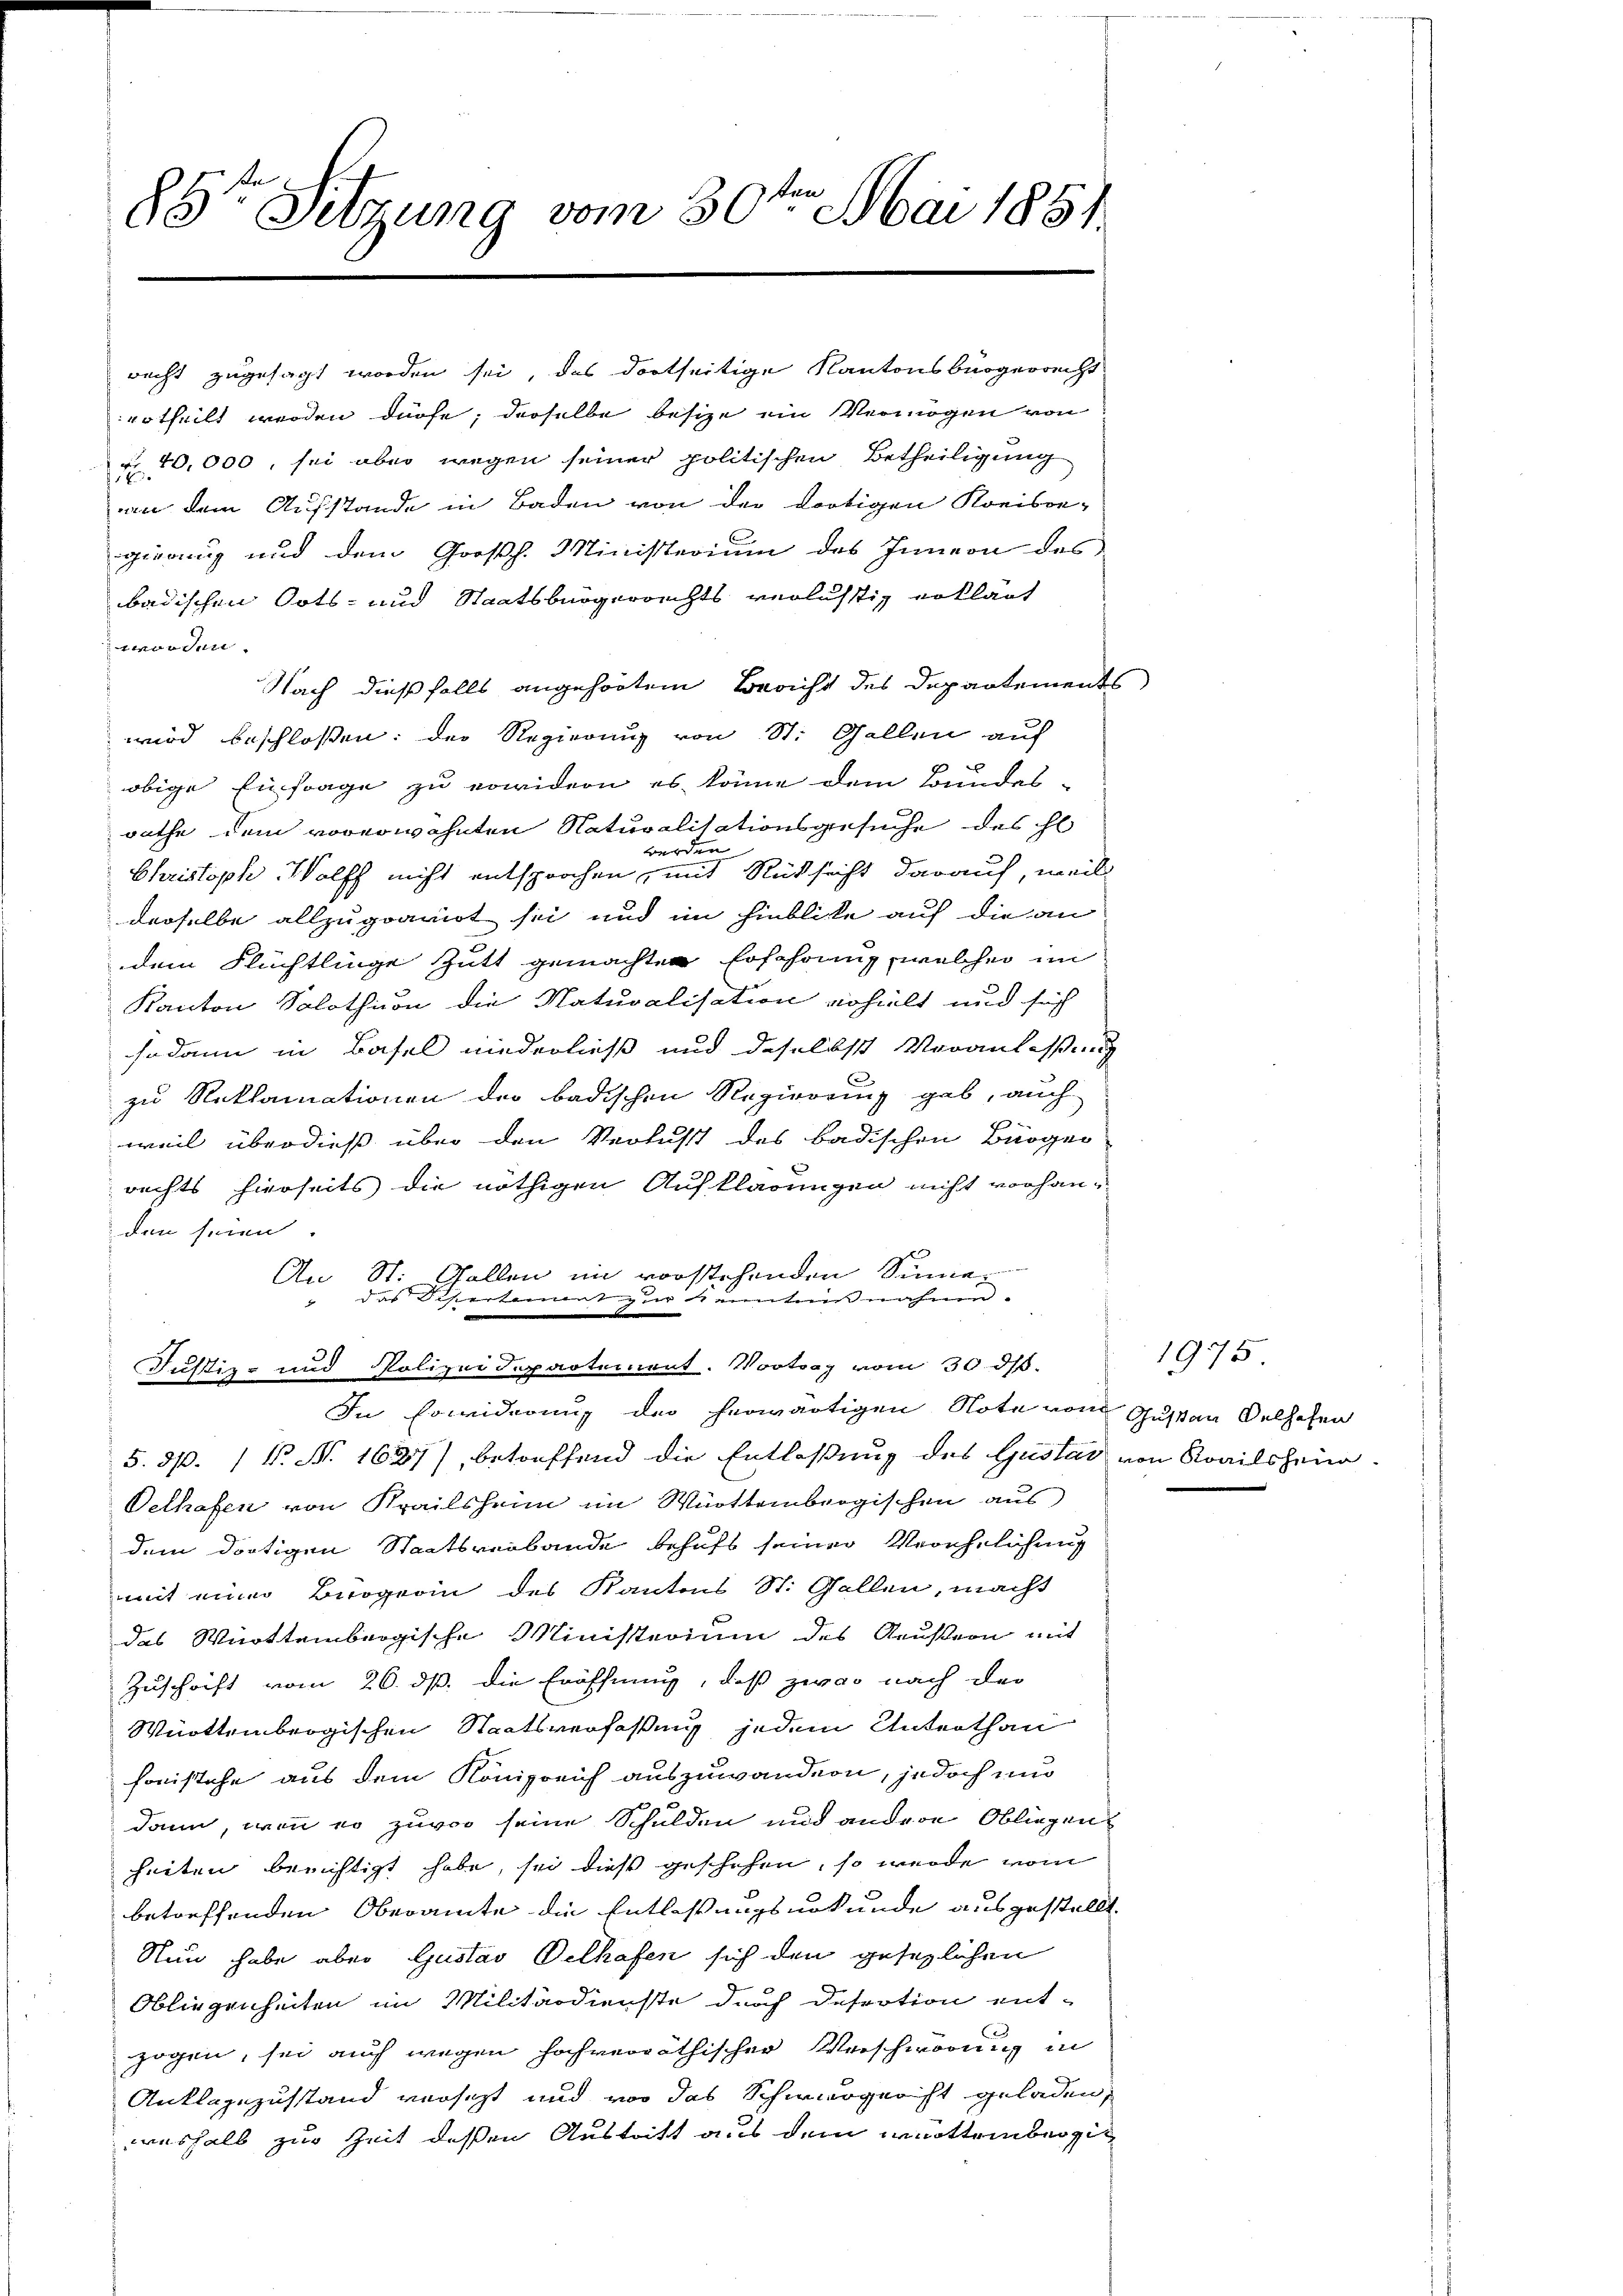
85te Sitzung vom 30ten Mai 1884.

recht zugesagt worden sei, das dortseitige Kantonsbürgerrecht
ertheilt werden dürfe; derselbe besize ein Vermögen von
r 10,000, sei aber wegen seiner politischen Betheiligung
an dem Aufstande in Baden von der dortigen Kreisge-
gierung und dem Großh. Ministerium des Innern des
badischen Orts- und Staatsbürgerrechts verlustig erklärt
worden.
Nach dießfalls angehörtem Bericht des Departements
wird beschloßen: der Regierung von St. Gallen auf
obige Einfrage zu erwidern es könne dem Bundes-
rathe dem vorerwähnten Naturalisationsgesuche des hl
werden
Christoph Wolff nicht entsprochen, mit Rücksicht darauf, weil
derselbe allzugranot sei und im Hinblicke auf die an
dem Flüchtlinge Zutt gemachten Erschrung, welcher im
Kanton Solothion die Naturalisation erhielt und sich
sodann in Basel niederließ und daselbst Veranlassung
zu Reklamationen der badischen Regierung gab, auch
weil überdieß über den Verlust des badischen Bürger
rechts hierseits die nöthigen Aufklärungen nicht vorhanden seien
An St. Gallen im vorstehenden Sinne¬
 das Disertenmat zur Kenntnißnahme.
.
Justiz- und Polizeidepartement. Vortrag vom 30. ds.
In Erwiderung der herwärtigen Note vom Gustandelhofen
5. 870. / N. N. 1627), betreffend die Entlaßung des Gustad von Rovilsheim
Velhafen von Krailsheim im Württembergischen aus
dem dortigen Staatsverbande behufs seiner Verehelichung
mit einer Brogerin des Kantons St. Gallen, macht
das Württembergische Ministerium des Aeussern mit
Zuschrift vom 26. ds. die Eröffnung, daß zwar nach der
Württembergischen Staatsverfaßung jedem Unterthan
honistehe aus dem Königreich auszuwanden, jedoch und
dann, wenn so zuvor seine Schulden und andere Obliegen
heiten berichtigt habe, sei dieß geschehen, so werde vom
betreffenden Oberamte die Entlaßungsurkunde ausgestellt.
Nun habe aber Gustav Pelhafen sich den gesezlichen
Obliegenheiten im Militärdienste durch desration ent-
zogen, sei auch wegen hochverräthischer Verschwörung in
Anklagezustand versezt und vor das Schwurgericht geladen,
weshalb zur Zeit dessen Austritt aus dem württembergi¬

1975.